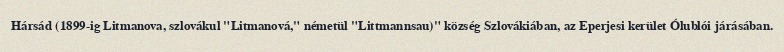
Hársád (1899-ig Litmanova, szlovákul "Litmanová," németül "Littmannsau)" község Szlovákiában, az Eperjesi kerület Ólublói járásában.